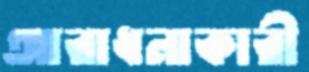
আরাধনাকারী